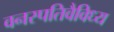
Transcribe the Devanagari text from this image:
वनस्पतिवैविध्य